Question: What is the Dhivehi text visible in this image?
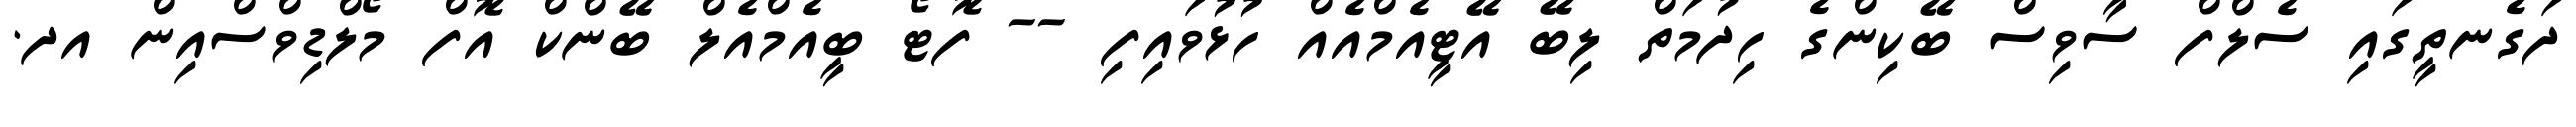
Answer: ދަގެނތީގައި ސެލްފް ސާވިސް ބޭކިންގެ ހިދުމަތް ލިބޭ އޭޓީއެމްއެއް ހުޅުވައިފި -- ފޮޓޯ ބީއެމްއެލް ބޭންކް އޮފް މޯލްޑިވްސްއިން އދ.